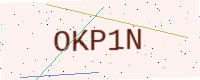
Text: OKP1N